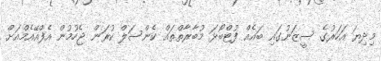
މިދިޔަ އަހަރުގެ ސީޒަނުގައި ބައެއް ފުޓްބޯޅަ މުބާރާތްތައް ކެންސަލް ކުރަން ޖެހުމުން އެފްއޭއެމްއަށް